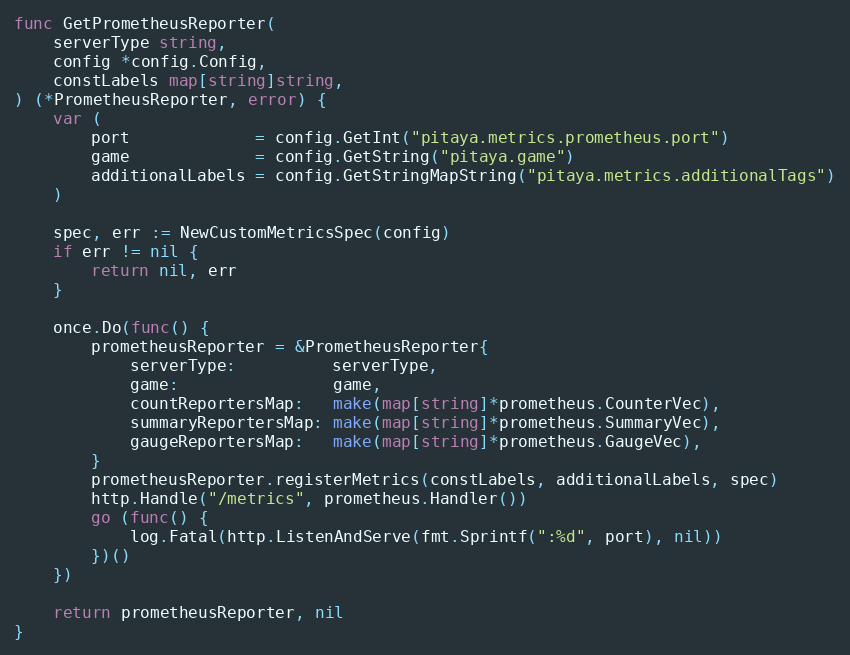
Language: Go
func GetPrometheusReporter(
	serverType string,
	config *config.Config,
	constLabels map[string]string,
) (*PrometheusReporter, error) {
	var (
		port             = config.GetInt("pitaya.metrics.prometheus.port")
		game             = config.GetString("pitaya.game")
		additionalLabels = config.GetStringMapString("pitaya.metrics.additionalTags")
	)

	spec, err := NewCustomMetricsSpec(config)
	if err != nil {
		return nil, err
	}

	once.Do(func() {
		prometheusReporter = &PrometheusReporter{
			serverType:          serverType,
			game:                game,
			countReportersMap:   make(map[string]*prometheus.CounterVec),
			summaryReportersMap: make(map[string]*prometheus.SummaryVec),
			gaugeReportersMap:   make(map[string]*prometheus.GaugeVec),
		}
		prometheusReporter.registerMetrics(constLabels, additionalLabels, spec)
		http.Handle("/metrics", prometheus.Handler())
		go (func() {
			log.Fatal(http.ListenAndServe(fmt.Sprintf(":%d", port), nil))
		})()
	})

	return prometheusReporter, nil
}